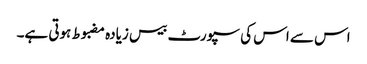
اس سے اس کی سپورٹ بیس زیادہ مضبوط ہوتی ہے۔